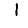
Digit: 1